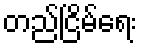
တည်ငြိမ်ရေး